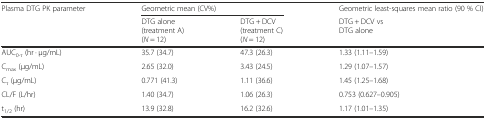
| <ROWSPAN=2> Plasma DTG PK parameter | <COLSPAN=2> Geometric mean (CV%) | Geometric least-squares mean ratio (90 % CI) |
 | DTG alone(treatment A)(N = 12) | DTG + DCV(treatment C)(N = 12) | DTG + DCV vsDTG alone |
 | --- | --- | --- | --- |
 | AUC0-τ (hr · μg/mL) | 35.7 (34.7) | 47.3 (26.3) | 1.33 (1.11–1.59) |
 | Cmax (μg/mL) | 2.65 (32.0) | 3.43 (24.5) | 1.29 (1.07–1.57) |
 | Cτ (μg/mL) | 0.771 (41.3) | 1.11 (36.6) | 1.45 (1.25–1.68) |
 | CL/F (L/hr) | 1.40 (34.7) | 1.06 (26.3) | 0.753 (0.627–0.905) |
 | t1/2 (hr) | 13.9 (32.8) | 16.2 (32.6) | 1.17 (1.01–1.35) |